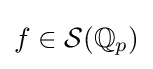
f\in {\mathcal {S}}(\mathbb {Q} _{p})